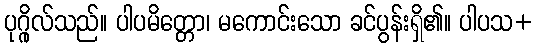
ပုဂ္ဂိုလ်သည်။ ပါပမိတ္တော၊ မကောင်းသော ခင်ပွန်းရှိ၏။ ပါပသ+